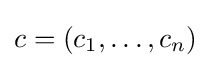
c=(c_{1},\dots ,c_{n})